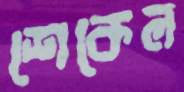
শেকেল